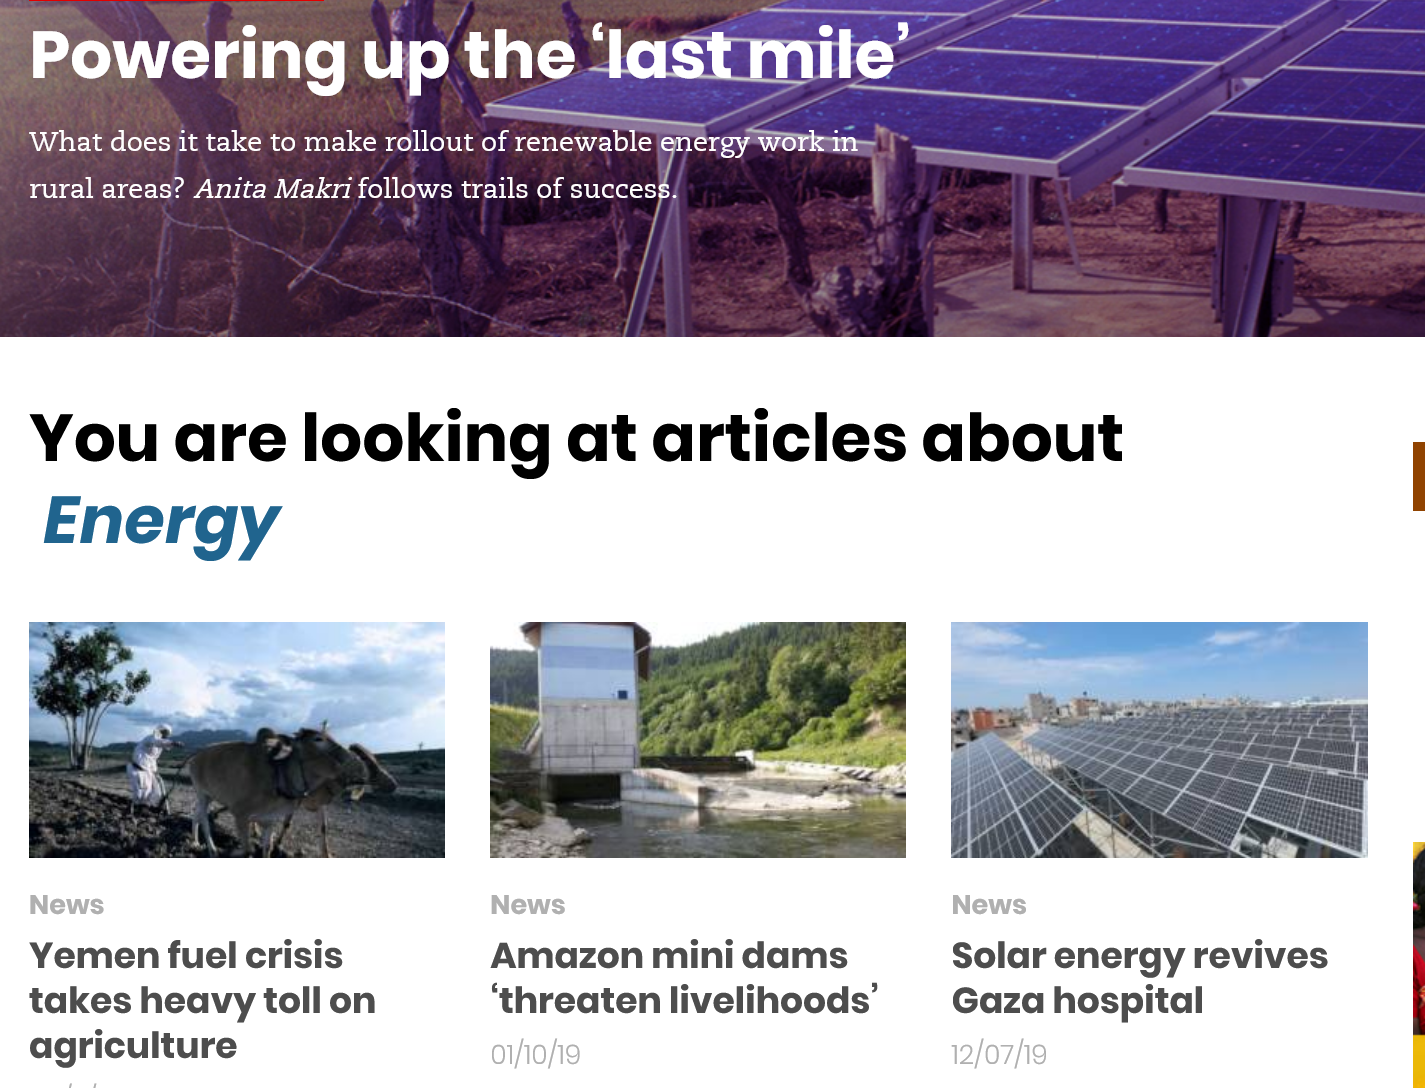
News    News
     Amazon    mini  dams
     ‘threaten livelihoods’
     oi/io/i9
     Solar  energy    revives
     Gaza   hospital
     News
     12/07/19
   You    are    looking    at   articles    about
   Energy
   Yemen  fuel  crisis
  takes   heavy   toll on
   agriculture
  What does it take to make rollout of renewable
     «
     ergy workin
   rural areas? Anita Makri follows trails of succes
   Powering    up the    ‘last mile’